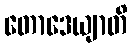
တောဒေယျာတိ